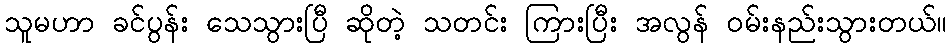
သူမဟာ ခင်ပွန်း သေသွားပြီ ဆိုတဲ့ သတင်း ကြားပြီး အလွန် ဝမ်းနည်းသွားတယ်။